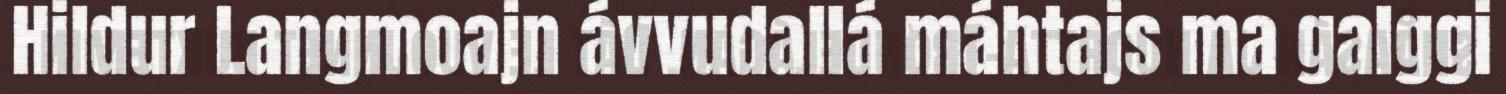
Hildur Langmoajn ávvudallá máhtajs ma galggi